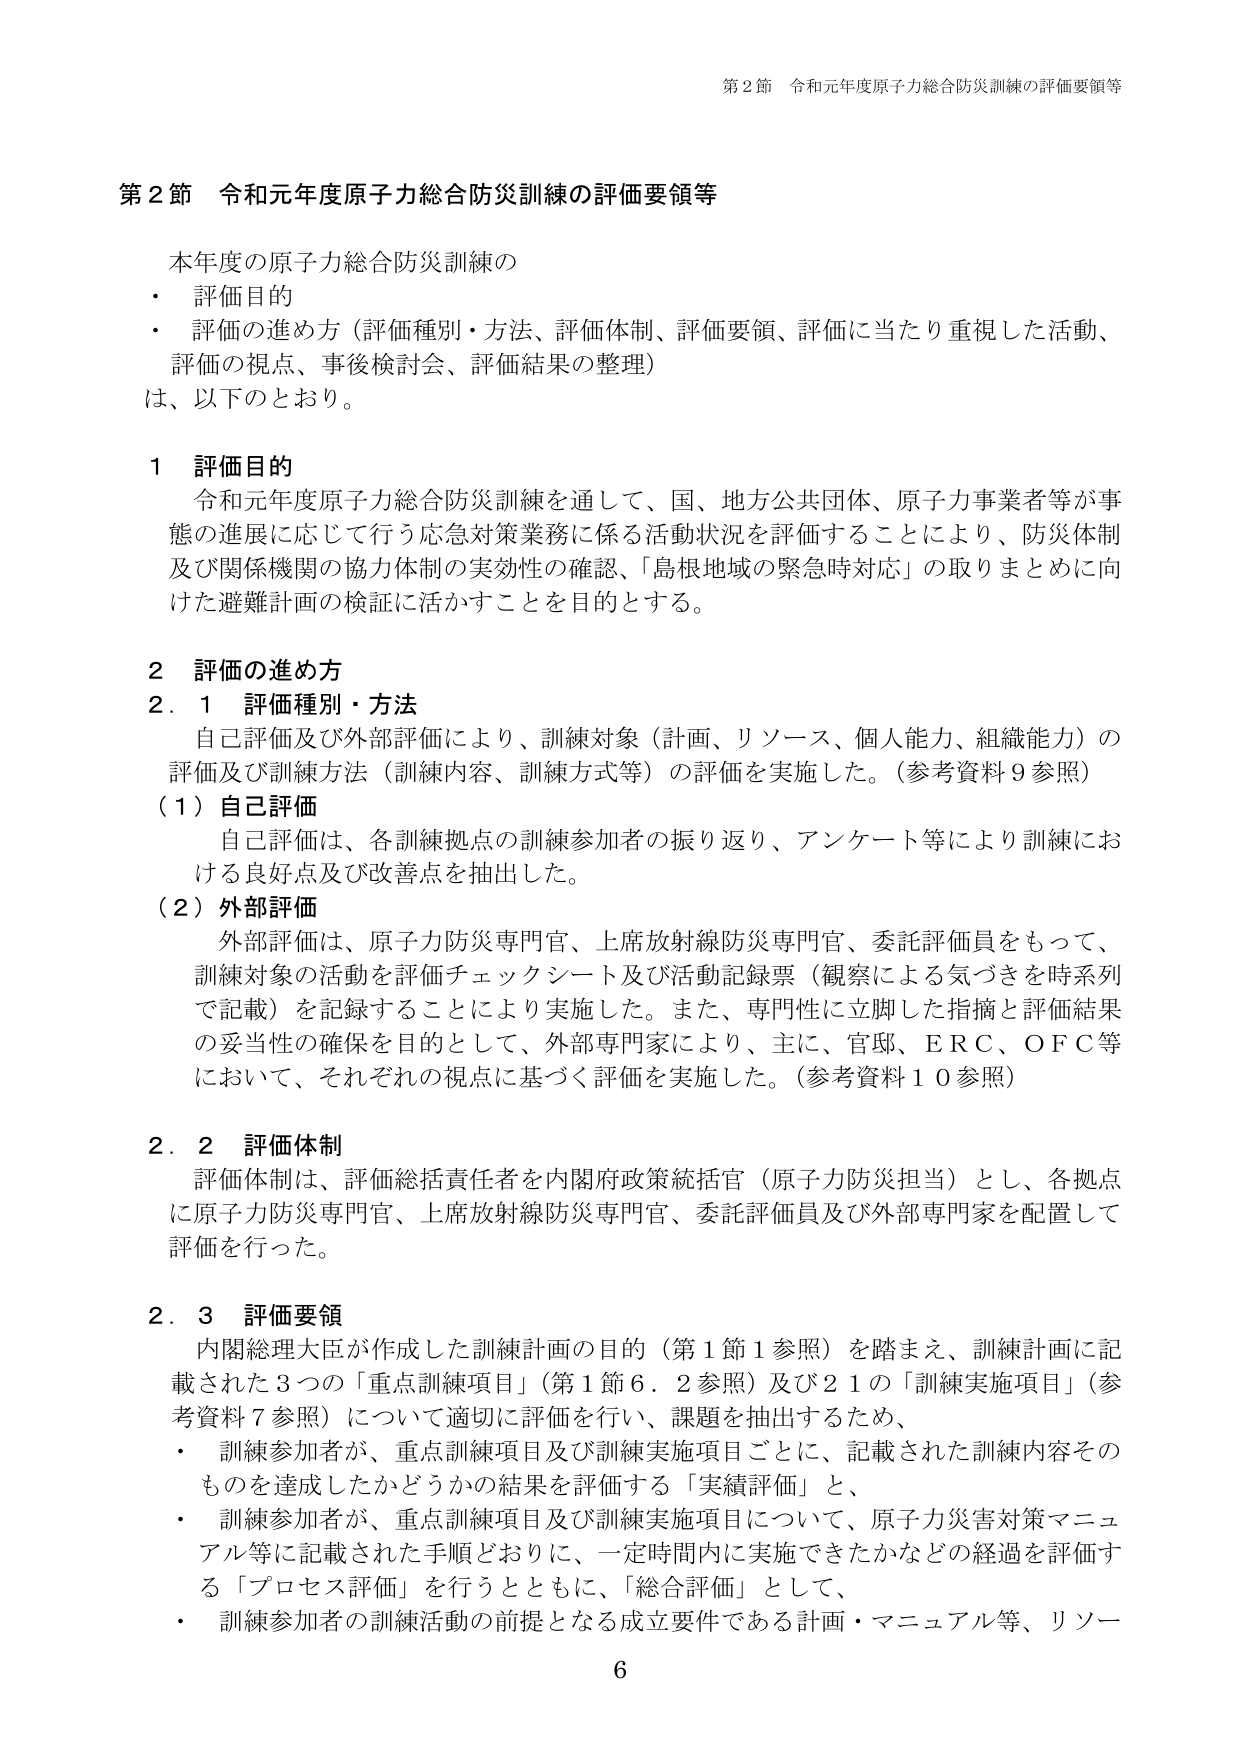
第２節 令和元年度原子力総合防災訓練の評価要領等

本年度の原子力総合防災訓練の
・ 評価目的
・ 評価の進め方（評価種別・方法、評価体制、評価要領、評価に当たり重視した活動、
評価の視点、事後検討会、評価結果の整理）
は、以下のとおり。

１ 評価目的
令和元年度原子力総合防災訓練を通して、国、地方公共団体、原子力事業者等が事
態の進展に応じて行う応急対策業務に係る活動状況を評価することにより、防災体制
及び関係機関の協力体制の実効性の確認、「島根地域の緊急時対応」の取りまとめに向
けた避難計画の検証に活かすことを目的とする。

２ 評価の進め方
２．１ 評価種別・方法
自己評価及び外部評価により、訓練対象（計画、リソース、個人能力、組織能力）の
評価及び訓練方法（訓練内容、訓練方式等）の評価を実施した。（参考資料９参照）
（１）自己評価
自己評価は、各訓練拠点の訓練参加者の振り返り、アンケート等により訓練にお
ける良好点及び改善点を抽出した。
（２）外部評価
外部評価は、原子力防災専門官、上席放射線防災専門官、委託評価員をもって、
訓練対象の活動を評価チェックシート及び活動記録票（観察による気づきを時系列
で記載）を記録することにより実施した。また、専門性に立脚した指摘と評価結果
の妥当性の確保を目的として、外部専門家により、主に、官邸、ＥＲＣ、ＯＦＣ等
において、それぞれの視点に基づく評価を実施した。（参考資料１０参照）

２．２ 評価体制
評価体制は、評価総責任者を内閣府政策統括官（原子力防災担当）とし、各拠点
に原子力防災専門官、上席放射線防災専門官、委託評価員及び外部専門家を配置して
評価を行った。

２．３ 評価要領
内閣総理大臣が作成した訓練計画の目的（第１節１参照）を踏まえ、訓練計画に記
載された３つの「重点訓練項目」（第１節６．２参照）及び２１の「訓練実施項目」（参
考資料７参照）について適切に評価を行い、課題を抽出するため、
・ 訓練参加者が、重点訓練項目及び訓練実施項目ごとに、記載された訓練内容その
ものを達成したかどうかの結果を評価する「実績評価」と、
・ 訓練参加者が、重点訓練項目及び訓練実施項目について、原子力災害対策マニュ
アル等に記載された手順どおりに、一定時間内に実施できたかなどの経過を評価す
る「プロセス評価」を行うとともに、「総合評価」として、
・ 訓練参加者の訓練活動の前提となる成立要件である計画・マニュアル等、リソー

6